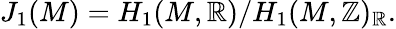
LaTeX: J_{1}(M)=H_{1}(M,\mathbb{R})/H_{1}(M,\mathbb{Z})_{\mathbb{R}}.